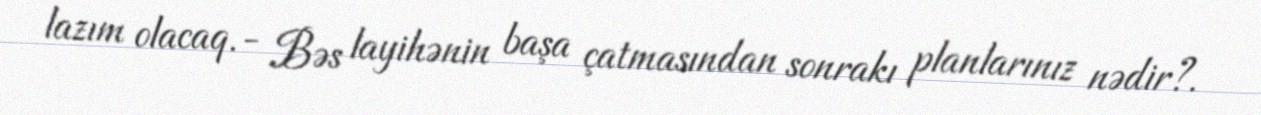
lazım olacaq.- Bəs layihənin başa çatmasından sonrakı planlarınız nədir?.